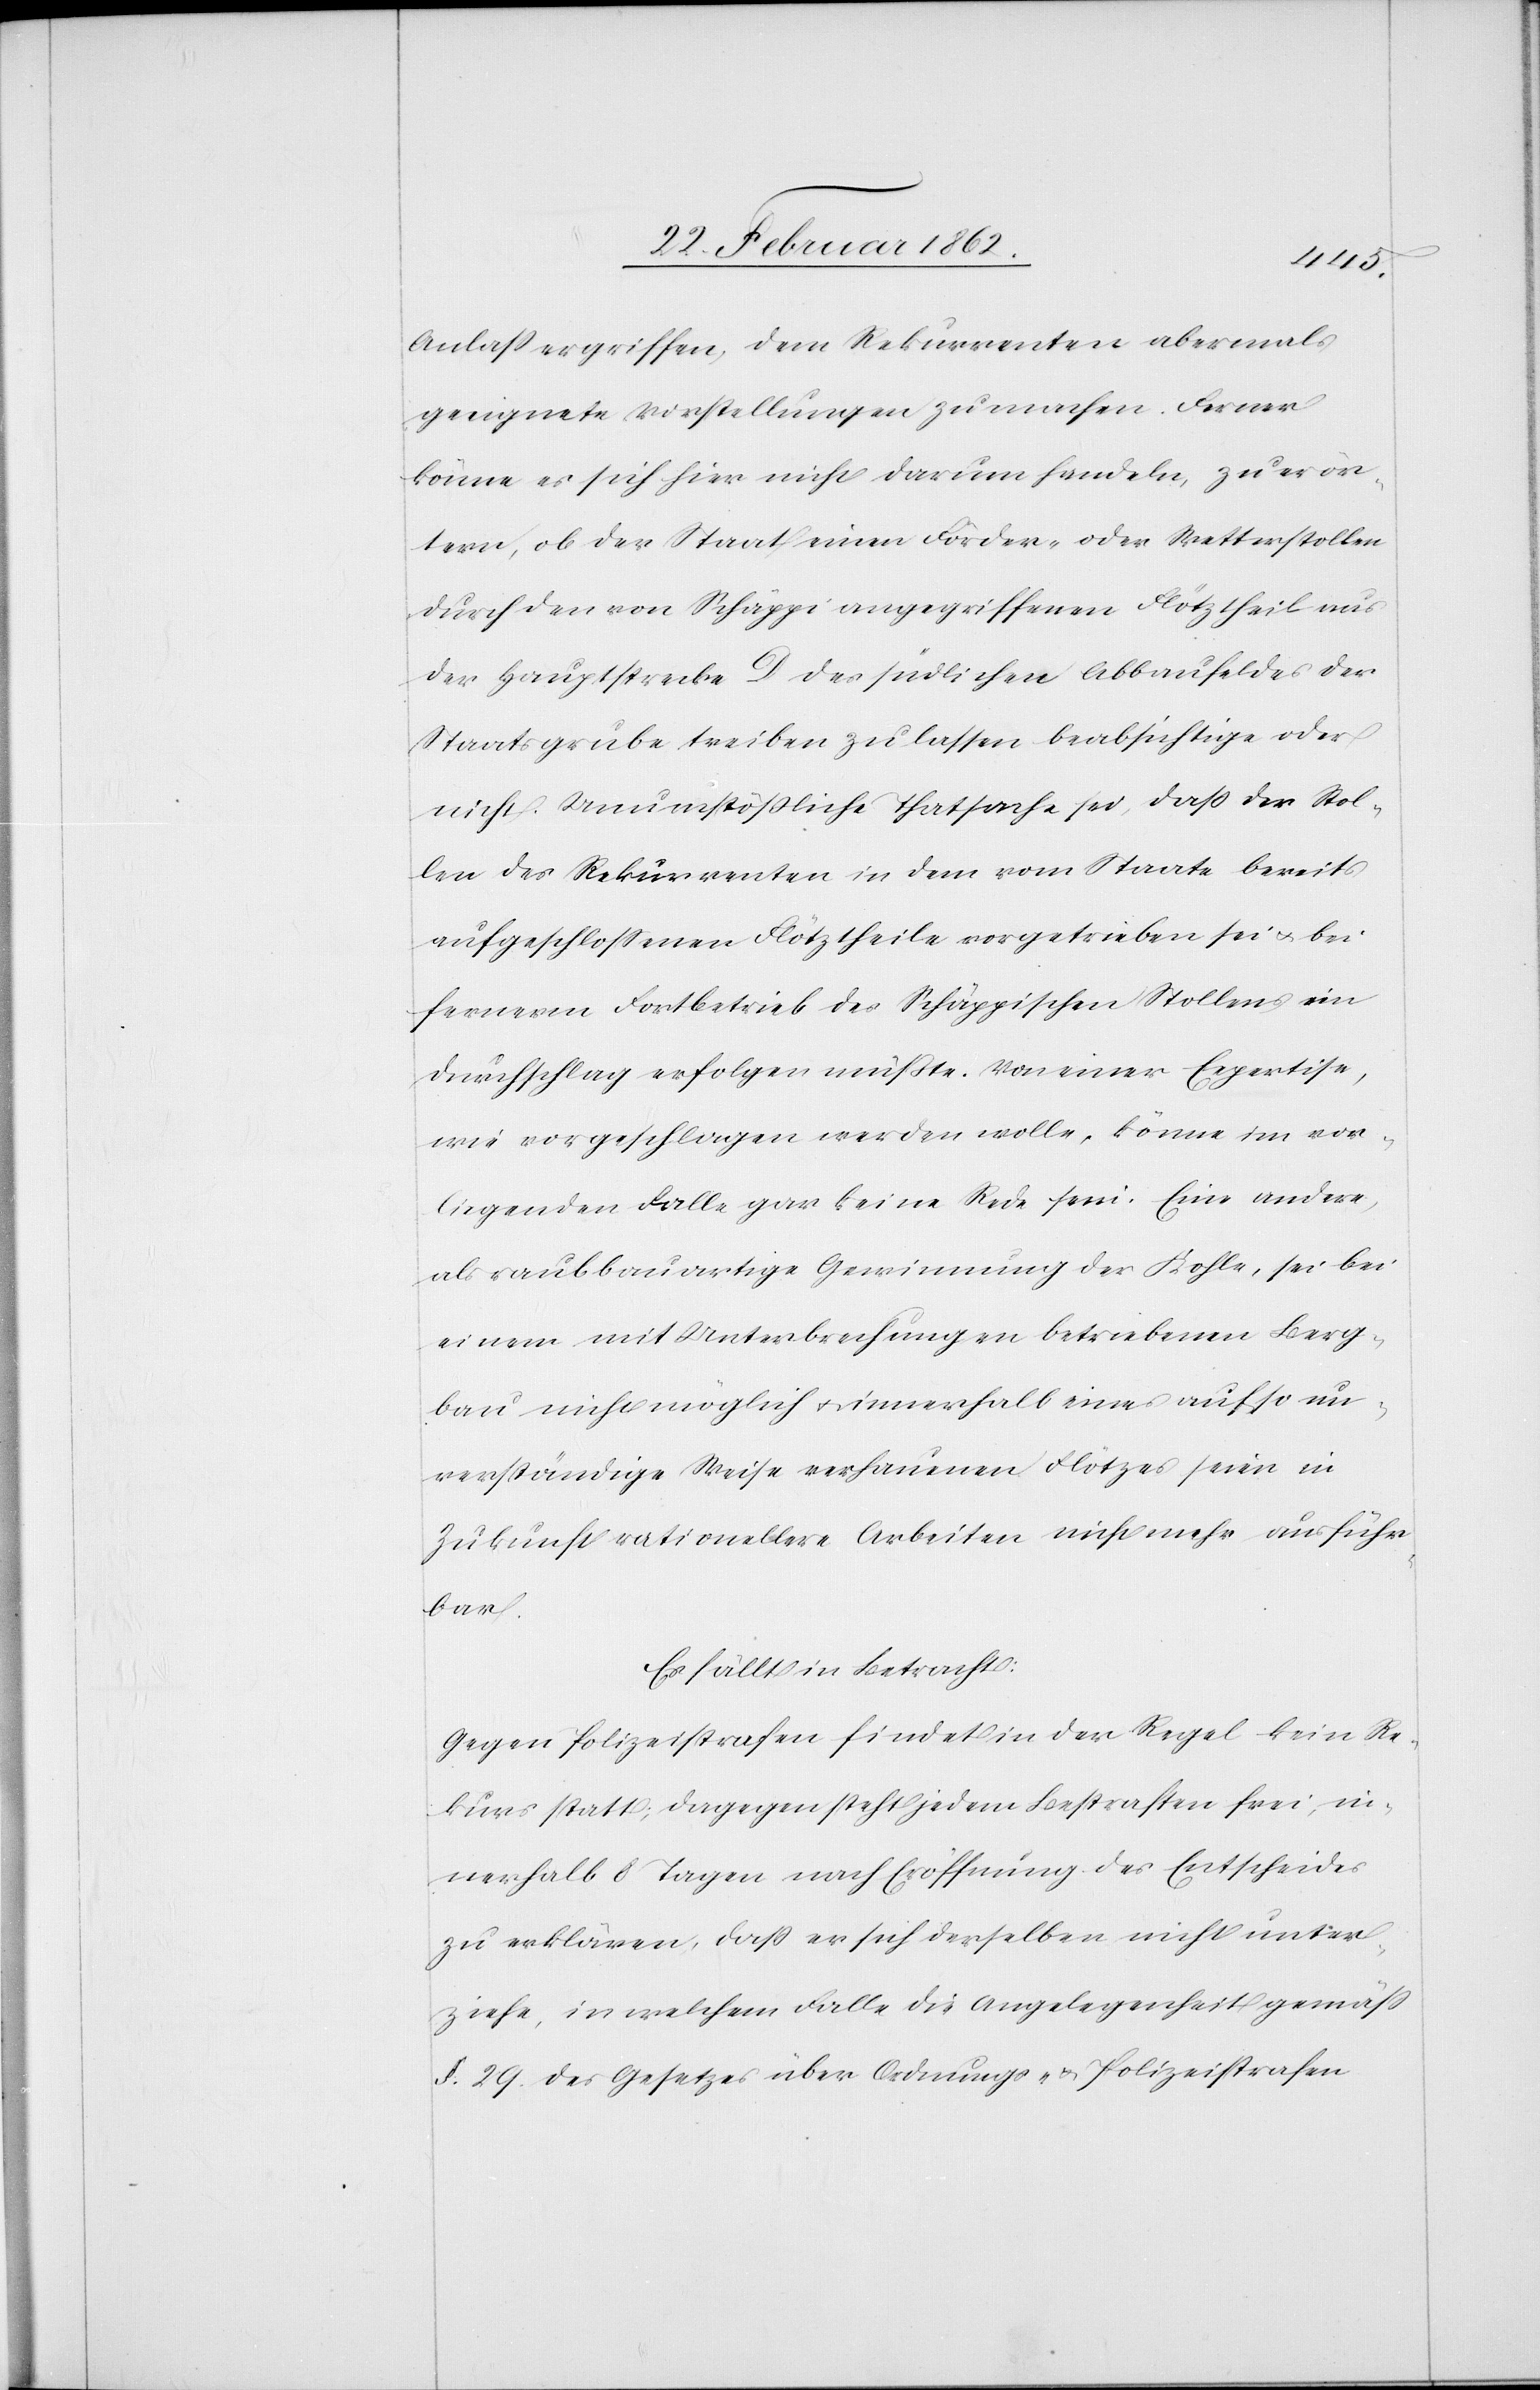
Anlaß ergriffen, dem Rekurrenten abermals
geeignete Vorstellungen zu machen. Ferner
könne es sich hier nicht darum handeln, zu erör¬
tern, ob der Staat einen Förder- oder Wetterstollen
durch den von Schäppi angegriffenen Flötztheil aus
der Hauptstrecke D des südlichen Abbaufeldes der
Staatsgrube treiben zu lassen beabsichtige oder
nicht. Unumstößliche Thatsache sei, daß der Stol¬
len des Rekurrenten in dem vom Staate bereits
aufgeschloßenen Flötztheile vorgetrieben sei u. bei
fernerm Fortbetrieb des Schäppischen Stollens ein
Durchschlag erfolgen müßte. Von einer Expertise,
wie vorgeschlagen werden wolle, könne im vor¬
liegenden Falle gar keine Rede sein. Eine andere,
als raubbauartige Gewinnung der Kohle, sei bei
einem mit Unterbrechungen betriebenen Berg¬
bau nicht möglich u. innerhalb eines auf so un¬
verständige Weise verhauenen Flötzes seien in
Zukunft rationellere Arbeiten nicht mehr ausführ¬
bar.
Es fällt in Betracht:
Gegen Polizeistrafen findet in der Regel kein Re¬
kurs statt, dagegen steht jedem Bestraften frei, in¬
nerhalb 8 Tagen nach Eröffnung des Entscheides
zu erklären, daß er sich derselben nicht unter¬
ziehe, in welchem Falle die Angelegenheit gemäß
§. 29. des Gesetzes über Ordnungs- & Polizeistrafen